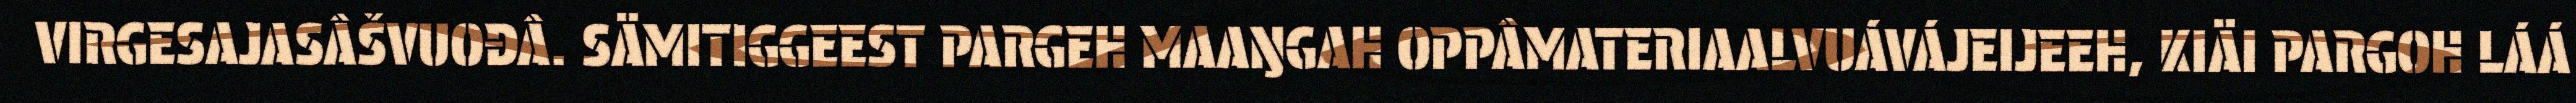
VIRGESAJASÂŠVUOĐÂ. SÄMITIGGEEST PARGEH MAAŊGAH OPPÂMATERIAALVUÁVÁJEIJEEH, KIÄI PARGOH LÁÁ